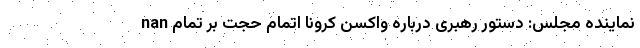
nan نماینده مجلس: دستور رهبری درباره واکسن کرونا اتمام حجت بر تمام